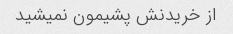
از خریدنش پشیمون نمیشید